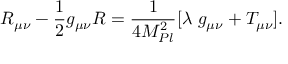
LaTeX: R _ { \mu \nu } - \frac { 1 } { 2 } g _ { \mu \nu } R = \frac { 1 } { 4 M _ { P l } ^ { 2 } } [ \lambda ~ g _ { \mu \nu } + T _ { \mu \nu } ] .